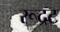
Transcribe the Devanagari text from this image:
रूद्रट